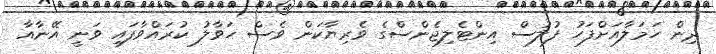
ދިން ހަމަލާއަށްފަހު ފުލުސް އިންޓެލިޖެންސްގެ ވެރިޔާކަން ވެސް ހަވާލު ކުރައްވާފައި ވަނީ އޭނާއާ